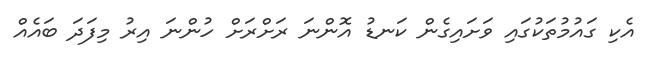
އެކި ގައުމުތަކުގައި ވަށައިގެން ކަނޑު އޮންނަ ރަށްރަށް ހުންނަ އިރު މިފަދަ ބައެއް